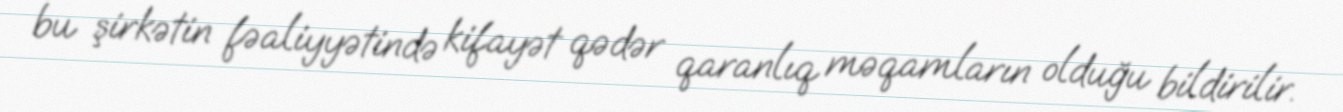
bu şirkətin fəaliyyətində kifayət qədər qaranlıq məqamların olduğu bildirilir.